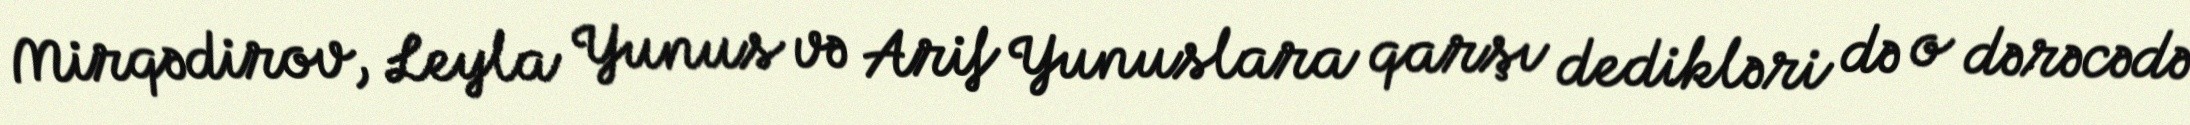
Mirqədirov, Leyla Yunus və Arif Yunuslara qarşı dedikləri də o dərəcədə